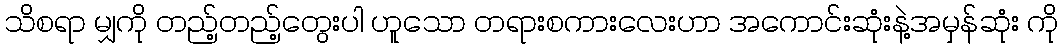
သိစရာ မျှကို တည့်တည့်တွေးပါ ဟူသော တရားစကားလေးဟာ အကောင်းဆုံးနဲ့အမှန်ဆုံး ကို